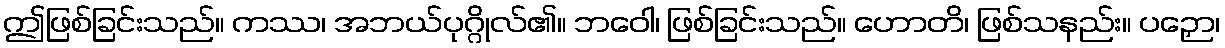
ဤဖြစ်ခြင်းသည်။ ကဿ၊ အဘယ်ပုဂ္ဂိုလ်၏။ ဘဝေါ၊ ဖြစ်ခြင်းသည်။ ဟောတိ၊ ဖြစ်သနည်း။ ပဉှော၊